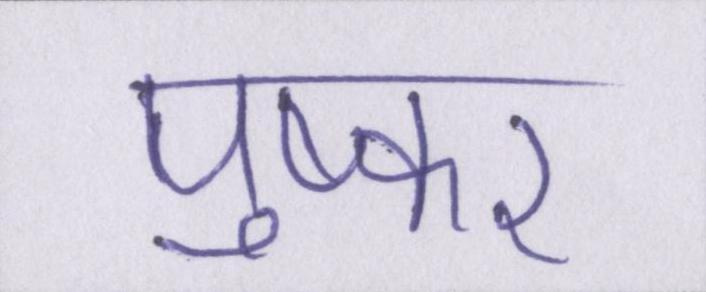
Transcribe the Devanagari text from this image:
पुष्कर